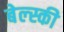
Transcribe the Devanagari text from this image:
बेल्स्की